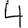
Digit: 4